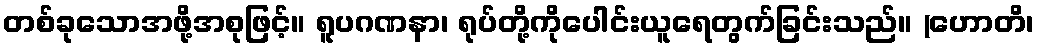
တစ်ခုသောအဖို့အစုဖြင့်။ ရူပဂဏနာ၊ ရုပ်တို့ကိုပေါင်းယူရေတွက်ခြင်းသည်။ (ဟောတိ၊